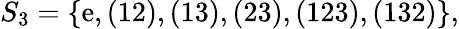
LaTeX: S_{3}=\{ \mathrm{e},(12),(13),(23),(123),(132)\} ,